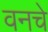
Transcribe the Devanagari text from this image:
वनचे